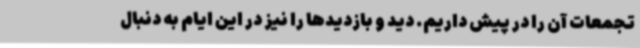
تجمعات آن را در پیش داریم. دید و بازدیدها را نیز در این ایام به دنبال